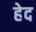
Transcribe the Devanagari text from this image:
हेद